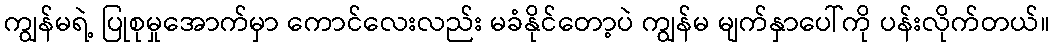
ကျွန်မရဲ့ ပြုစုမှုအောက်မှာ ကောင်လေးလည်း မခံနိုင်တော့ပဲ ကျွန်မ မျက်နှာပေါ်ကို ပန်းလိုက်တယ်။